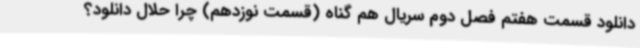
دانلود قسمت هفتم فصل دوم سریال هم گناه (قسمت نوزدهم) چرا حلال دانلود؟